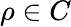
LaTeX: \rho\in C